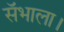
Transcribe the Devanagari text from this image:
सॅभाला।